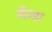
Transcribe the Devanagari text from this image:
गैन्डा